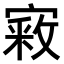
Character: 𫳴